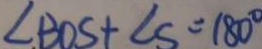
\angle B O S + \angle S = 1 8 0 ^ { \circ }